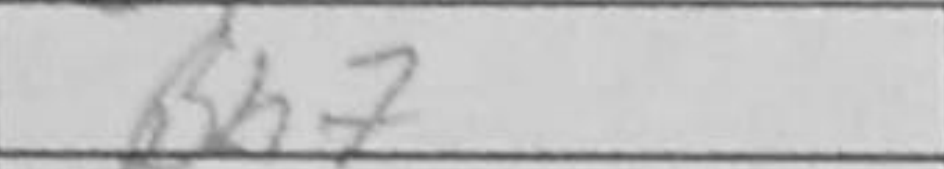
Transcription: Bh7